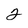
Character: 2